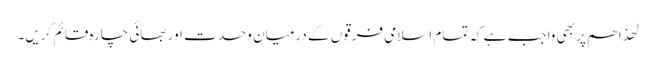
لھذا ھم پر بھی واجب ہے کہ تمام اسلامی فرقوں کے درمیان وحدت اور بھائی چارہ قائم کریں۔